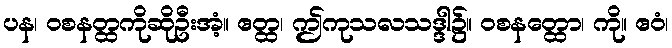
ပန၊ ဝစနတ္ထကိုဆိုဦးအံ့။ ဧတ္ထ၊ ဤကုသလသဒ္ဒါ၌။ ဝစနတ္ထော၊ ကို။ ဧဝံ၊